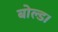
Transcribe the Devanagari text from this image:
बोल्ड।